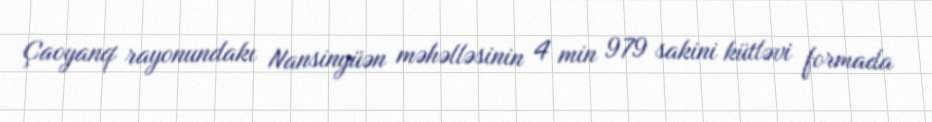
Çaoyanq rayonundakı Nansinyüən məhəlləsinin 4 min 979 sakini kütləvi formada